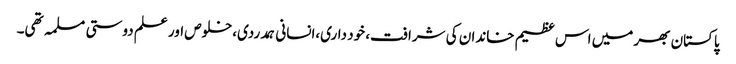
پاکستان بھر میں اس عظیم خاندان کی شرافت، خود داری،انسانی ہمدردی،خلوص اور علم دوستی مسلمہ تھی۔